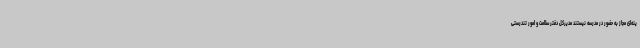
ینه‌ای مجاز به حضور در مدرسه نیستند مدیرکل دفتر سلامت و امور تندرستی